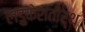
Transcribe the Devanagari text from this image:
लडुकेशतीर्थ